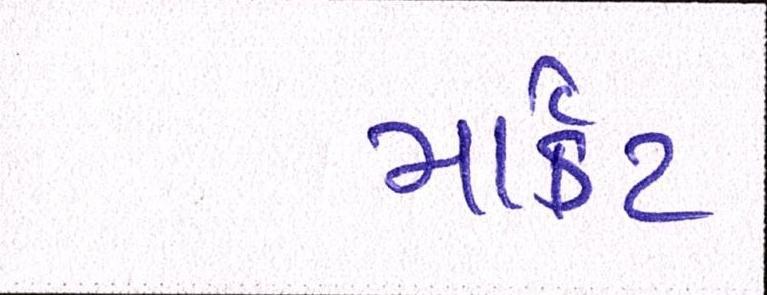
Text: માર્ક઼ટ